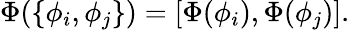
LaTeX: \Phi(\{ \phi_{i},\phi_{j}\} )=[\Phi(\phi_{i}),\Phi(\phi_{j})].